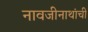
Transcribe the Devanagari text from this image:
नावजीनाथांची